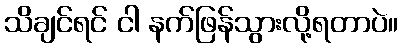
သိချင်ရင် ငါ နက်ဖြန်သွားလို့ရတာပဲ။